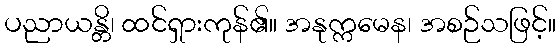
ပညာယန္တိ၊ ထင်ရှားကုန်၏။ အနုက္ကမေန၊ အစဉ်သဖြင့်။